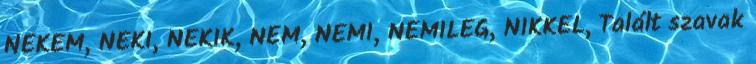
NEKEM, NEKI, NEKIK, NEM, NEMI, NEMILEG, NIKKEL, Talált szavak